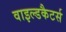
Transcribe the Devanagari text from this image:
वाइल्डकैटर्स